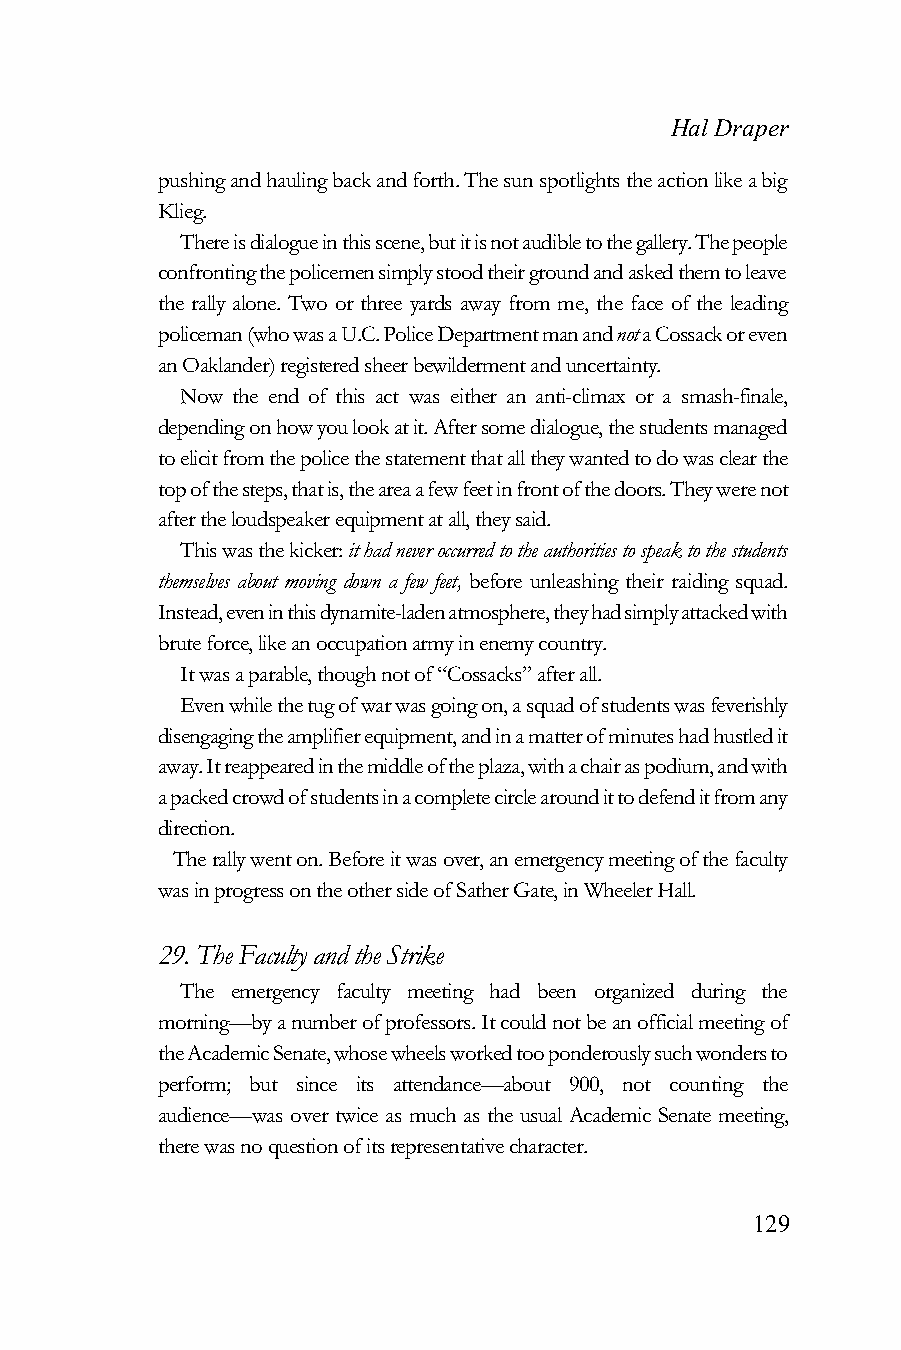
Hal Draper
 pushing and hauling back and forth. The sun spotlights the action like a big
 Klieg.
 There is dialogue in this scene, but it is not audible to the gallery. The people
 confronting the policemen simply stood their ground and asked them to leave
 the rally alone. Two or three yards away from me, the face of the leading
 policeman (who was a U.C. Police Department man and not a Cossack or even
 an Oaklander) registered sheer bewilderment and uncertainty.
 Now the end of this act was either an anti-climax or a smash-finale,
 depending on how you look at it. After some dialogue, the students managed
 to elicit from the police the statement that all they wanted to do was clear the
 top of the steps, that is, the area a few feet in front of the doors. They were not
 after the loudspeaker equipment at all, they said.
 This was the kicker: it had never occurred to the authorities to speak to the students
 themselves about moving down a few feet, before unleashing their raiding squad.
 Instead, even in this dynamite-laden atmosphere, they had simply attacked with
 brute force, like an occupation army in enemy country.
 It was a parable, though not of “Cossacks” after all.
 Even while the tug of war was going on, a squad of students was feverishly
 disengaging the amplifier equipment, and in a matter of minutes had hustled it
 away. It reappeared in the middle of the plaza, with a chair as podium, and with
 a packed crowd of students in a complete circle around it to defend it from any
 direction.
 The rally went on. Before it was over, an emergency meeting of the faculty
 was in progress on the other side of Sather Gate, in Wheeler Hall.
 29. The Faculty and the Strike
 The emergency faculty meeting had been organized during the
 morning—by a number of professors. It could not be an official meeting of
 the Academic Senate, whose wheels worked too ponderously such wonders to
 perform; but since its attendance—about 900, not counting the
 audience—was over twice as much as the usual Academic Senate meeting,
 there was no question of its representative character.
 129